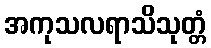
အကုသလရာသိသုတ္တံ